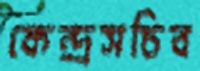
কেন্দ্রসচিব